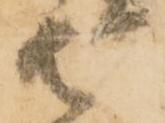
御